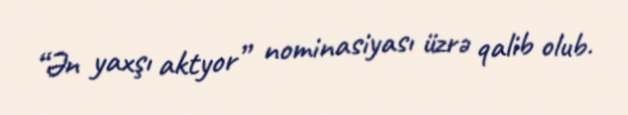
“Ən yaxşı aktyor” nominasiyası üzrə qalib olub.